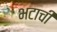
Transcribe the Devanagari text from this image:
भटाची